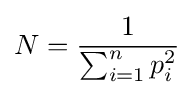
N={\frac {1}{\sum _{i=1}^{n}p_{i}^{2}}}